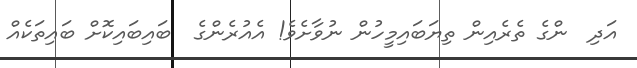
އަދި  ންގެ ތެރެއިން ތިޔަބައިމީހުން ނުވާށެވެ! އެއުރެންގެ  ބައިބައިކޮށް ބައިތަކެއް